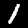
Digit: 1